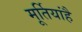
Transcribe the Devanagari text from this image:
मूर्तियांहैं